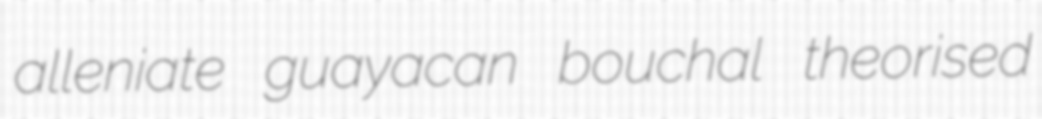
alleniate guayacan bouchal theorised